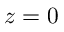
z = 0